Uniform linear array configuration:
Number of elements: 12
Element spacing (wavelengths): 1
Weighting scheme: exponential
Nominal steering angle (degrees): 15
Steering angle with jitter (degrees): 16.843
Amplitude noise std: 0.05
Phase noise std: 0.05

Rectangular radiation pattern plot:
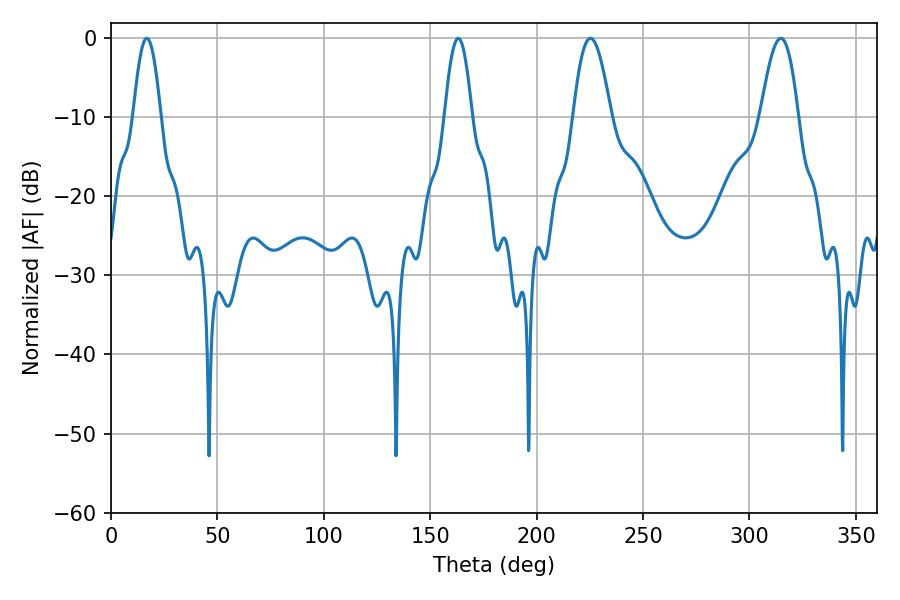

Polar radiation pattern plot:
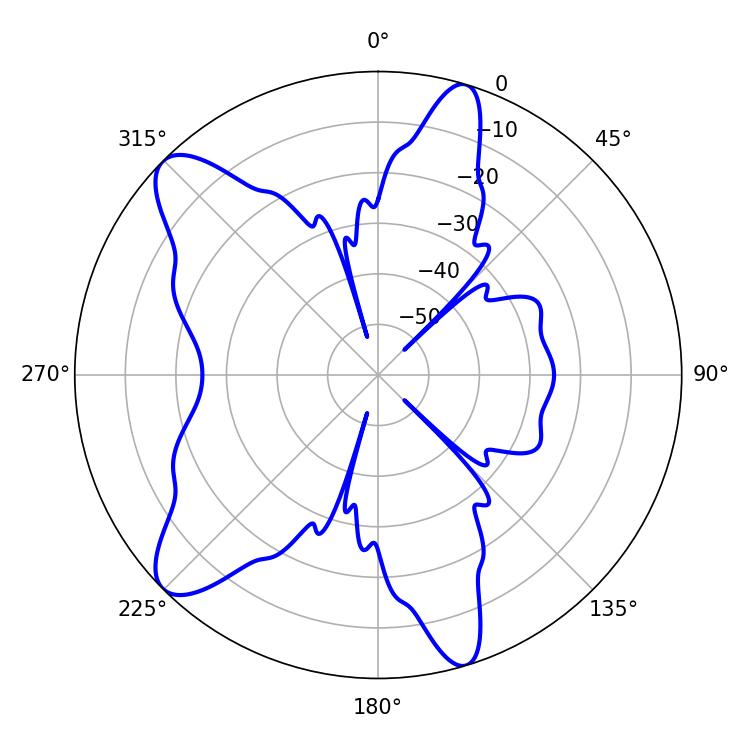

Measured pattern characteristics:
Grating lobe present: TRUE
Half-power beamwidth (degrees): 9.72
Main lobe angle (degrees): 225.36